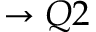
\to Q 2